Annual report of the Punjab Veterinary College and of the Civil Veterinary Department, Punjab - 1894-1908
Year: 1894
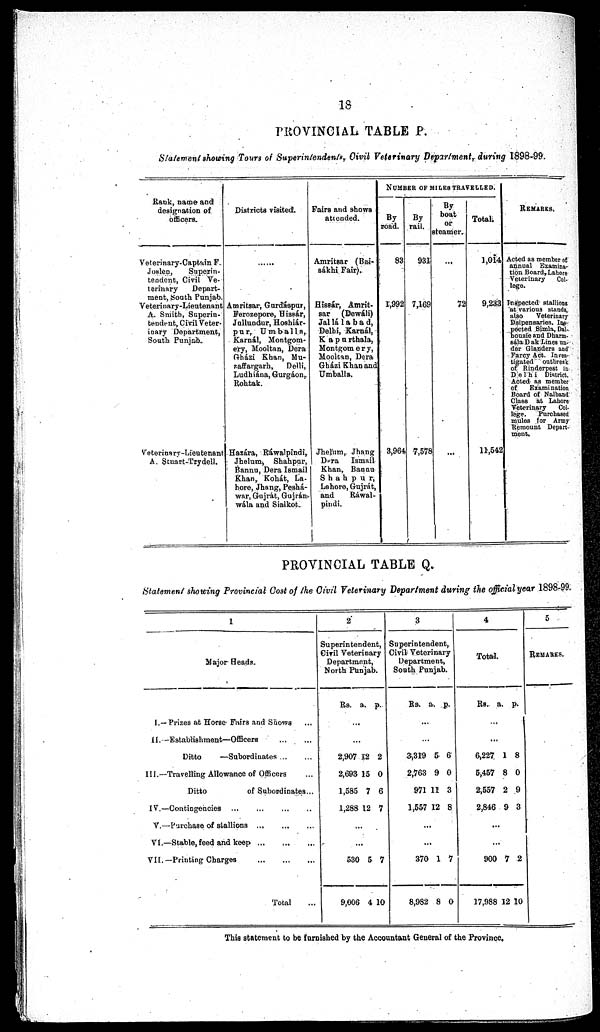
18
PROVINCIAL TABLE P.
Statement showing Tours of Superintendents, Civil Veterinary Department, during 1898-99.
Rauk, name and
designation of
officers.
Veterinary-Captain F.
Joslen,
Superin-
tendent, Civil Ve-
terinary
Depart-
ment, South Punjab.
Veterinary-Lieutenant
A. Smith, Superin-
tendent, Civil Veter¬
inary Department,
South Punjab.
Veterinary-Lieutenant
A. Stuart-Trydell.
Districts visited.
Amritsar, Gurdáspur,
Ferozepore, Uissár,
Jullundur, Hoshiár¬
pur, Umballa,
Karnál, Montgom-
ery, Mooltan, Dera
Gházi Khan, Mu¬
zaffargarh,
Delli,
Ludhiána, Gurgáon,
Rohtak.
Hazára, Ráwalpindi,
Jhelum, Shahpur,
Bannu, Dera Ismail
Khan, Kohát, La-
hore, Jhang, Peshá-
war, Gujrát, Gujrán¬
wála
and Sialkot.
Fairs and shows
attended.
Amritsar (Bai¬
sákhi Fair).
Hissár, Amrit¬
sar
(Dewáli)
Jallá1abad,
Delhi, Karnál,
Kapurthala,
Montgomery,
Mooltan, Dera
Gházi Khan and
Umballa.
Jhelum, Jhang
Dera
Ismail
Khan, Bannu
Shahpur,
Lahore, Gujrát,
and
Ráwal-
pindi.
NUMBER OF MILES TRAVELLED.
By
road.
83
1,992
3,964
By
rail.
931
7,169
7,578
By
boat
or
steamer.
...
72
...
Total.
1,014
9,233
11,542
REMARKS.
Acted as member of
annual Examina-
tion Board, Lahore
Veterinary Col-
lege.
Inspected stallions
at various stands,
also
Veterinary
Dsipensaries. Ins-
pected Simla, Dal¬
housie and Dharm¬
gála Dak Lines un-
der Glanders and
Farcy Act. Inves-
tigated outbreak
of Rinderpest in
Delhi District.
Acted as member
of
Examination
Board of Nalband
Class at Lahore
Veterinary Col-
lege. Purchased
mules for Army
Remount Depart-
ment.
PROVINCIAL TABLE Q.
Statement showing Provincial Cost of the Civil Veterinary Department during the official year 1898-99.
1
Major Heads.
I.—Prizes at Horse Fairs and Shows ...
II.—Establishment—Officers ... ...
Ditto
—Subordinates ...
III.—Travelling Allowance of Officers ...
Ditto
of Subordinates ...
IV.—Contingencies ... ... ... ...
V.—Purchase of stallions
...
...
...
VI.—Stable, feed and keep
...
...
...
VII.—Printing Charges
...
...
...
Total ...
2
Superintendent,
Civil Veterinary
Department,
North Punjab.
Rs. a. p.
...
...
2,907
2,693
1,585
1,288
12
15
7
12
2
0
6
7
...
...
530
9,006
5
4
7
10
3
Superintendent,
Civil Veterinary
Department,
South Punjab.
Rs. a. p.
...
...
3,319
2,763
971
1,557
5
9
11
12
6
0
3
8
...
...
370
8,982
1
8
7
0
4
Total.
Rs. a. p.
...
...
6,227
5,457
2,557
2,846
1
8
2
9
8
0
9
3
...
...
900
17,988
7
12
2
10
5
REMARKS.
This statement to be furnished by the Accountant General of the Province.